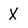
Character: X